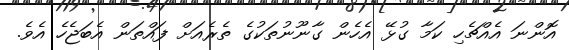
އޮންނަ އެއްޗެހި ކަމާ ގުޅޭ އެހެން ގާނޫނުތަކުގެ ތެރެއަށް ފައްތަން އެބަޖެހެ އެވެ.